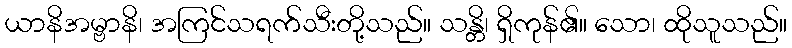
ယာနိအမ္ဗာနိ၊ အကြင်သရက်သီးတို့သည်။ သန္တိ၊ ရှိကုန်၏။ သော၊ ထိုသူသည်။